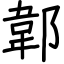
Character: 郼